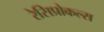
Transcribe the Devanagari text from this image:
रेसिप्रोकल्स